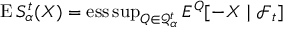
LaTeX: \operatorname { E } S _ { \alpha } ^ { t } ( X ) = \operatorname { e s s \operatorname* { s u p } } _ { Q \in { \mathcal { Q } } _ { \alpha } ^ { t } } E ^ { Q } [ - X \mid { \mathcal { F } } _ { t } ]